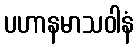
ပဟာနမာသဝါနံ